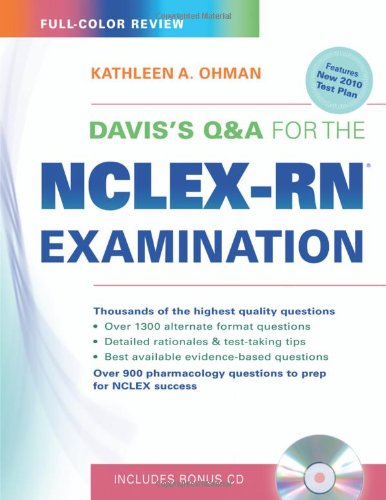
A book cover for Davis's Q&A for the NCLEX-RNÂ® Examination; Kathleen A. Ohman EdD  MS  CCRN  RN; Test Preparation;